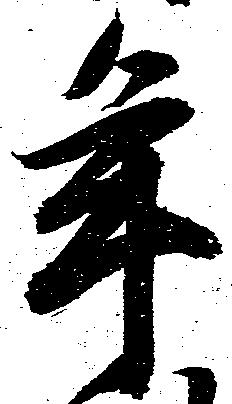
年